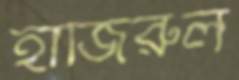
হাজিরুল